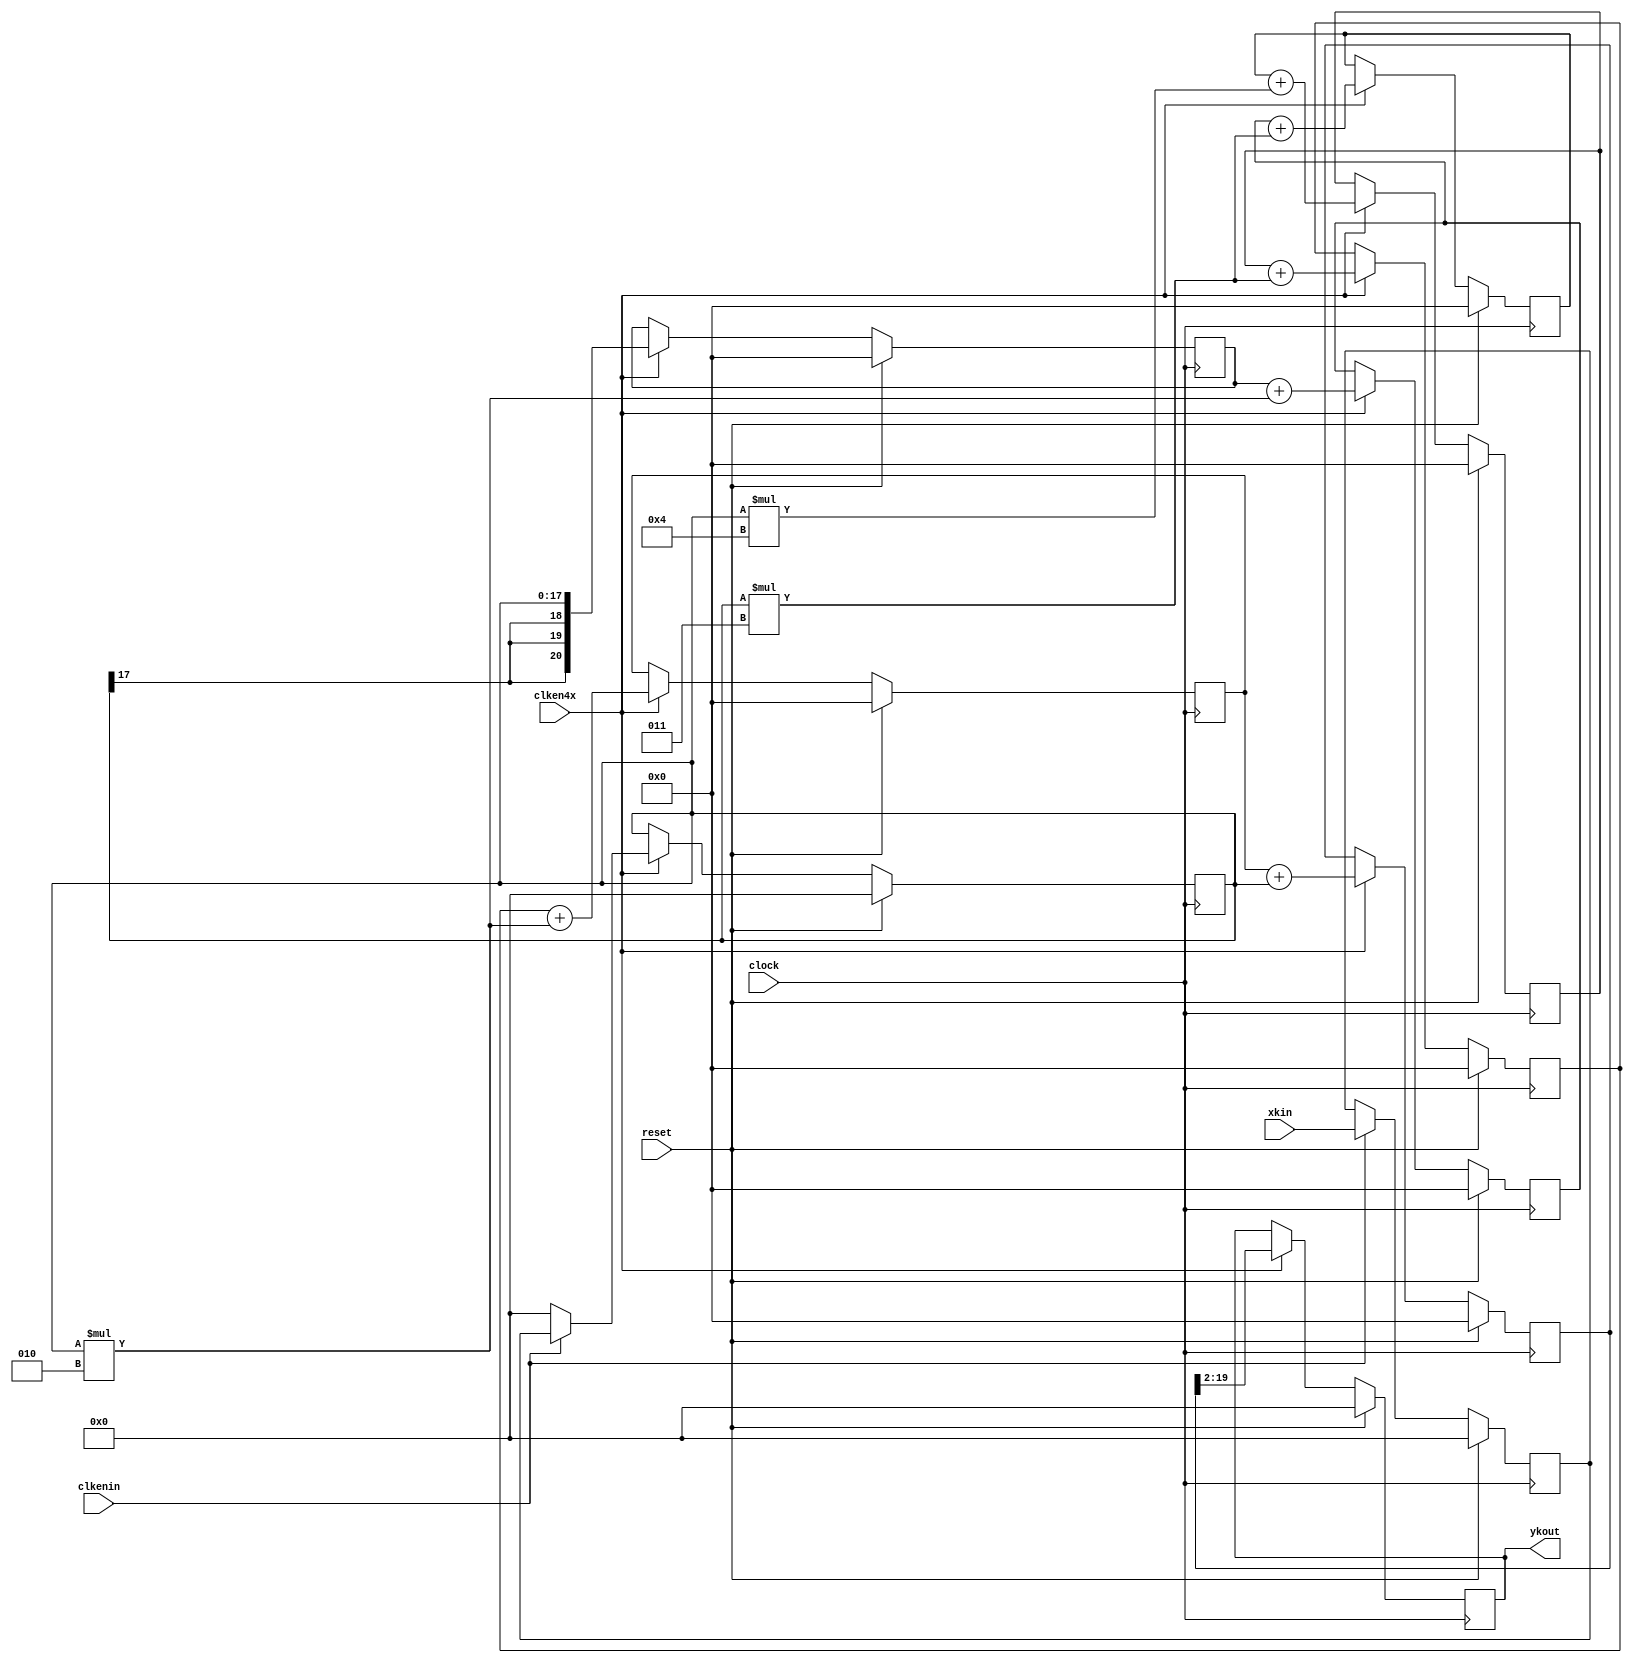
/*-----------------------------------------------------------

 	jca@fe.up.pt, Nov 2018
	
	This Verilog code is proprietary of University of Porto
	Its utilization beyond the scope of the course Digital Systems Design
	(Projeto de Sistemas Digitais) of the Integrated Master in Electrical 
	and Computer Engineering requires explicit authorization from the author.

	
    interpol4x - 4X linear interpolator

    Output ykout is the linear interpolated signal applied at input xkin, with a 
	sampling frequency equal to 4X the frequency of the input data.

    clkenin is a clock enable signal (set to 1 during a single clock period) that 
	synchronizes the arrival of the input data at xkin.

    clken4x is a clock enable signal that must have a frequency 4 times higher than
    clkenin
  	
	Input xkin is valid with clock enable clkenin and output ykout is valid with clken4x
	
-----------------------------------------------------------*/

`timescale 1ns/10ps

module interpol4x
         ( input         clock,        // Master clock
           input         reset,        // Master synchronous reset, active high
		   input         clkenin,      // clock enable for input data (Fs)
		   input         clken4x,      // 4 x input Fs clock enable
		   
           input  signed [17:0] xkin,      // input signal
		   output reg signed [17:0] ykout  // output signal
		 );

		 
	 
// Input register
reg signed [17:0] xkr;
always @(posedge clock)
if ( reset )
begin
  xkr <= 18'd0;
end
else
begin
  if ( clkenin )
    xkr <= xkin;
end


// Upsample x 4
reg signed [17:0] xkus;
always @(posedge clock)
if ( reset )
begin
  xkus <= 18'd0;
end
else
begin
  if ( clken4x )
  begin
    if ( clkenin )
      xkus <= xkr;
	else
	  xkus <= 18'd0;
  end
end


// Fir registers, 21 bits:
reg signed [20:0] r0, r1, r2, r3, r4, r5, r6;


always @(posedge clock)
if ( reset )
begin
  r0 <= 21'd0;
  r1 <= 21'd0;
  r2 <= 21'd0;
  r3 <= 21'd0;
  r4 <= 21'd0;
  r5 <= 21'd0;
  r6 <= 21'd0;
  ykout <= 17'd0;
end
else
begin
  if ( clken4x )
  begin
    r0 <= xkus;
    r1 <= r0 + xkus * 2 ;
    r2 <= r1 + xkus * 3 ;
    r3 <= r2 + xkus * 4 ;
    r4 <= r3 + xkus * 3 ;
    r5 <= r4 + xkus * 2 ;
    r6 <= r5 + xkus;
    ykout <= r6 >>> 2; // signed divide by 4
  end
end


endmodule